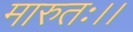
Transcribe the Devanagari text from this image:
मारुतः।।